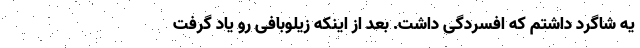
یه شاگرد داشتم که افسردگی داشت. بعد از اینکه زیلوبافی رو یاد گرفت